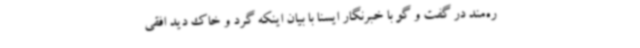
ره‌مند در گفت و گو با خبرنگار ایسنا با بیان اینکه گرد و خاک دید افقی